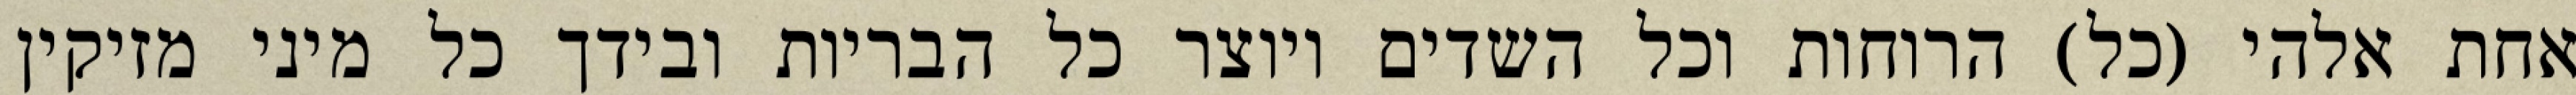
אחת אלהי (כל) הרוחות וכל השדים ויוצר כל הבריות ובידך כל מיני מזיקין